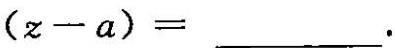
设实数x、y、z满足：$$x+y+z=a$$ $$\frac{1}{x}+ \frac{1}{y}+ \frac{1}{z}= \frac{1}{a}$$ ，且$$x≠a$$，$$y≠a$$，则$$(x+y-2a)$$